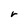
Character: r